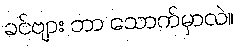
ခင်ဗျား ဘာ သောက်မှာလဲ။